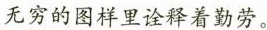
无穷的图样里诠释着勤劳。